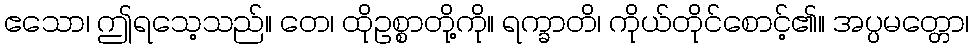
ဧသော၊ ဤရသေ့သည်။ တေ၊ ထိုဥစ္စာတို့ကို။ ရက္ခာတိ၊ ကိုယ်တိုင်စောင့်၏။ အပ္ပမတ္တော၊